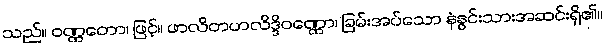
သည်။ ဝဏ္ဏတော၊ ဖြင့်။ ဖာလိတဟလိဒ္ဒိဝဏ္ဏော၊ ခြမ်းအပ်သော နံနွင်းသားအဆင်းရှိ၏။